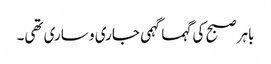
باہر صبح کی گہما گہمی جاری و ساری تھی۔